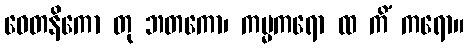
ဝေတနိကော တု ဘတကော၊ ကမ္မကရော ထ ကိံ ကရော။